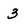
Character: 3